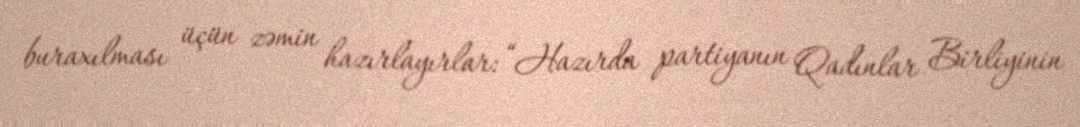
buraxılması üçün zəmin hazırlayırlar: “Hazırda partiyanın Qadınlar Birliyinin